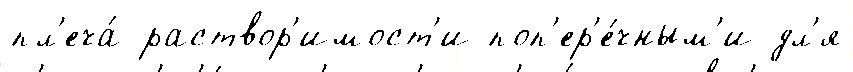
пл'еча́ раствор'имост'и поп'ер'е́чным'и дл'я